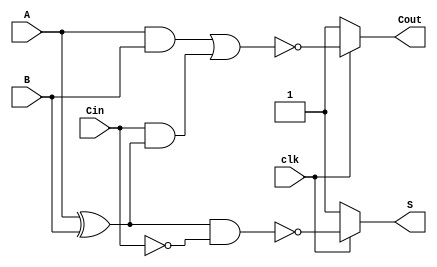
module dynamic_full_adder (
    input wire A,      // First binary input bit
    input wire B,      // Second binary input bit
    input wire Cin,    // Carry input bit
    input wire clk,    // Clock signal for precharge and evaluation
    output wire S,     // Sum output
    output wire Cout   // Carry output
);

    // Internal signals for precharge and evaluation
    wire S_precharge, Cout_precharge;
    wire A_xor_B;

    // Precharge phase (when clk is low)
    assign S_precharge = 1'b1; // Precharge S to 1
    assign Cout_precharge = 1'b1; // Precharge Cout to 1

    // XOR logic for A and B
    assign A_xor_B = A ^ B;

    // Evaluation phase (when clk is high)
    assign S = clk ? (S_precharge & ~(A_xor_B & ~Cin)) : S_precharge;
    assign Cout = clk ? (Cout_precharge & ~(A & B | (Cin & A_xor_B))) : Cout_precharge;

endmodule